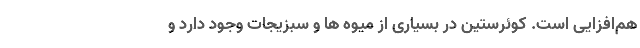
هم‌افزایی است. کوئرستین در بسیاری از میوه ها و سبزیجات وجود دارد و